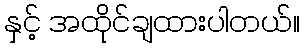
နှင့် အထိုင်ချထားပါတယ်။